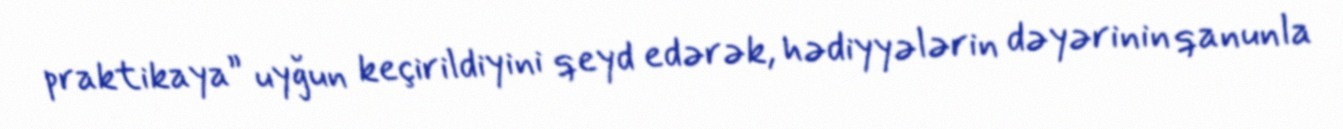
praktikaya” uyğun keçirildiyini qeyd edərək, hədiyyələrin dəyərinin qanunla